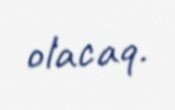
olacaq.